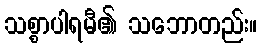
သစ္စာပါရမီ၏ သဘောတည်း။